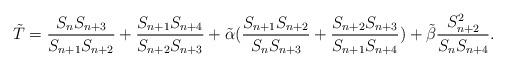
LaTeX: \begin{align*} \tilde{T}=\frac{S_{n}S_{n+3}}{S_{n+1}S_{n+2}}+\frac{S_{n+1}S_{n+4}}{S_{n+2}S_{n+3}}+\tilde\alpha(\frac{S_{n+1}S_{n+2}}{S_{n}S_{n+3}}+\frac{S_{n+2}S_{n+3}}{S_{n+1}S_{n+4}})+\tilde\beta\frac{S_{n+2}^2}{S_{n}S_{n+4}}. \end{align*}